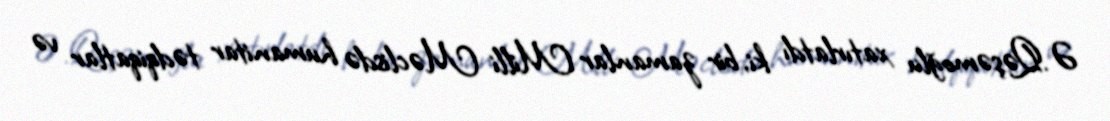
Ə.Qəşəmoğlu xatırlatdı ki, bir zamanlar Milli Məclisdə humanitar tədqiqatlar və